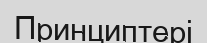
Принциптері